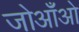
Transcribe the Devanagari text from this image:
जोआँओ